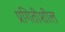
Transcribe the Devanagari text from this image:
प्रगितीशील